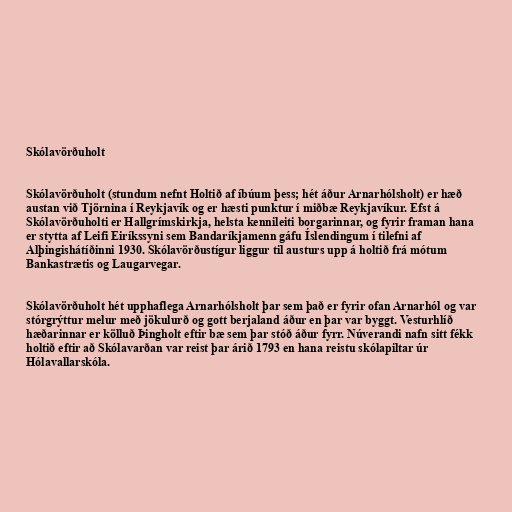
Skólavörðuholt

Skólavörðuholt (stundum nefnt Holtið af íbúum þess; hét áður Arnarhólsholt) er hæð
austan við Tjörnina í Reykjavík og er hæsti punktur í miðbæ Reykjavíkur. Efst á
Skólavörðuholti er Hallgrímskirkja, helsta kennileiti borgarinnar, og fyrir framan hana
er stytta af Leifi Eiríkssyni sem Bandaríkjamenn gáfu Íslendingum í tilefni af
Alþingishátíðinni 1930. Skólavörðustígur liggur til austurs upp á holtið frá mótum
Bankastrætis og Laugarvegar.

Skólavörðuholt hét upphaflega Arnarhólsholt þar sem það er fyrir ofan Arnarhól og var
stórgrýttur melur með jökulurð og gott berjaland áður en þar var byggt. Vesturhlíð
hæðarinnar er kölluð Þingholt eftir bæ sem þar stóð áður fyrr. Núverandi nafn sitt fékk
holtið eftir að Skólavarðan var reist þar árið 1793 en hana reistu skólapiltar úr
Hólavallarskóla.